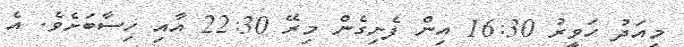
މިއަދު ހަވީރު 16:30 އިން ފެށިގެން މިރޭ 22:30 އާއި ހިސާބަށެެވެ. އެ